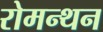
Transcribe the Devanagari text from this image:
रोमन्थन